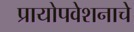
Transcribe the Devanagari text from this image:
प्रायोपवेशनाचे